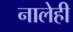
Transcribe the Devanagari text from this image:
नालेही